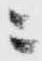
ニ